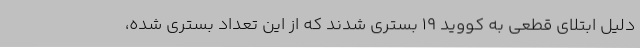
دلیل ابتلای قطعی به کووید 19 بستری شدند که از این تعداد بستری شده،